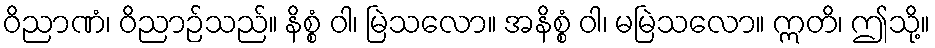
ဝိညာဏံ၊ ဝိညာဉ်သည်။ နိစ္စံ ဝါ၊ မြဲသလော။ အနိစ္စံ ဝါ၊ မမြဲသလော။ ဣတိ၊ ဤသို့။